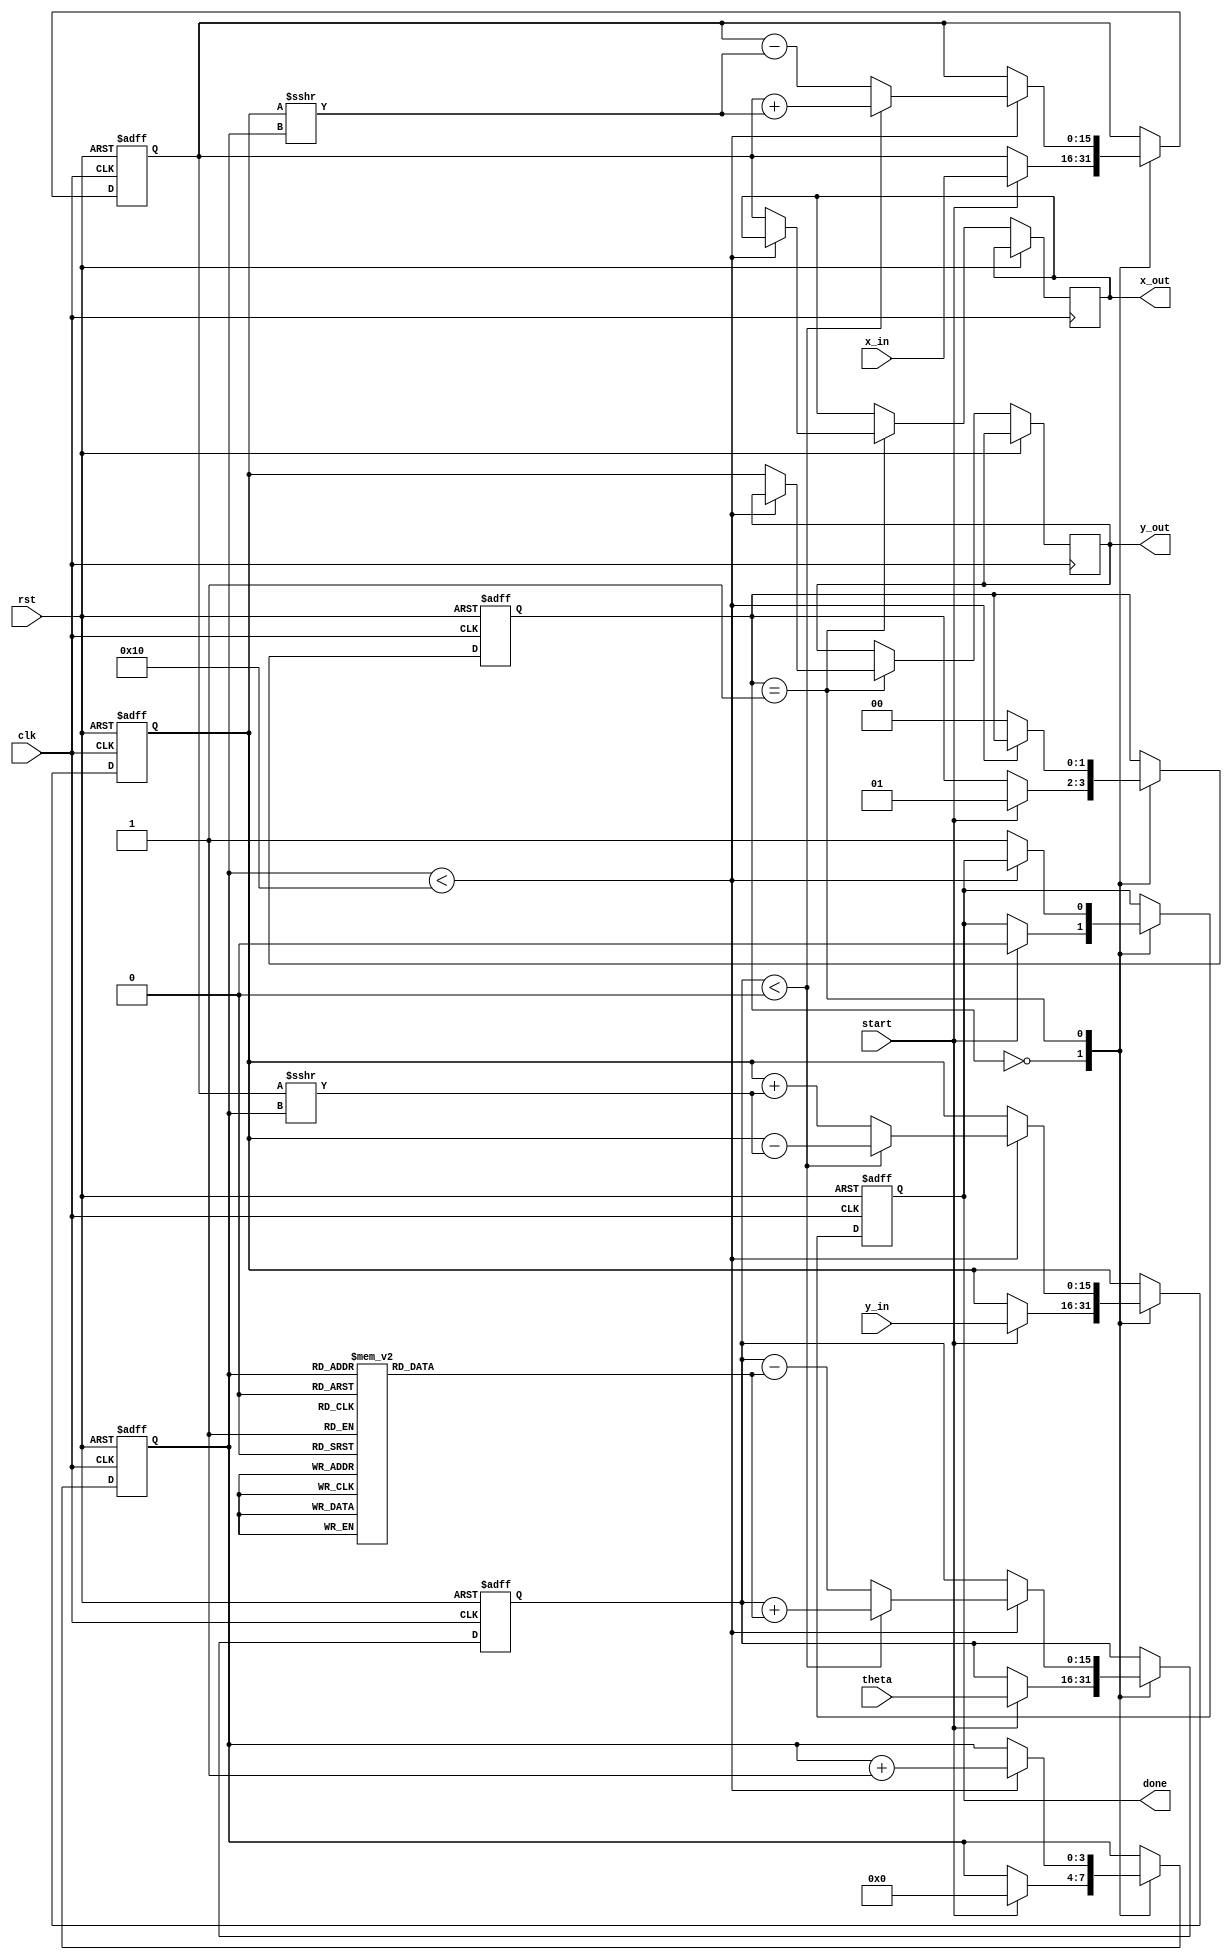
module cordic(
    input wire clk,
    input wire rst,
    input wire start,
    input wire [15:0] theta, // Input angle in fixed-point representation
    input wire [15:0] x_in,   // Input x coordinate
    input wire [15:0] y_in,   // Input y coordinate
    output reg [15:0] x_out,   // Output x coordinate
    output reg [15:0] y_out,   // Output y coordinate
    output reg done           // Completion signal
);

    parameter N = 16; // Number of iterations
    reg [15:0] atan_table [0:N-1]; // Lookup table for arctangent values
    reg [15:0] x, y, z; // Internal registers for x, y, angle
    reg [3:0] iter; // Iteration counter
    reg [1:0] state; // State machine for control logic

    // Initialize the arctangent lookup table
    initial begin
        // Pre-computed atan(2^(-i)) values (fixed-point representation)
        atan_table[0] = 16'h2000; // atan(1) = /4 in fixed-point
        atan_table[1] = 16'h1333; // atan(0.5) = /6 in fixed-point
        atan_table[2] = 16'h0A3D; // atan(0.25) = /12 in fixed-point
        // ... Fill in the rest of the table as needed
        // Example values for atan(2^(-i)) for i = 0 to N-1
    end

    // State machine for CORDIC operation
    always @(posedge clk or posedge rst) begin
        if (rst) begin
            x <= 0;
            y <= 0;
            z <= 0;
            iter <= 0;
            done <= 0;
            state <= 0;
        end else begin
            case (state)
                0: begin // Idle state
                    if (start) begin
                        x <= x_in;
                        y <= y_in;
                        z <= theta;
                        iter <= 0;
                        done <= 0;
                        state <= 1; // Move to computation state
                    end
                end
                1: begin // Computation state
                    if (iter < N) begin
                        if (z < 0) begin
                            // Rotate clockwise
                            x <= x + (y >>> iter);
                            y <= y - (x >>> iter);
                            z <= z + atan_table[iter];
                        end else begin
                            // Rotate counter-clockwise
                            x <= x - (y >>> iter);
                            y <= y + (x >>> iter);
                            z <= z - atan_table[iter];
                        end
                        iter <= iter + 1;
                    end else begin
                        // Finished all iterations
                        x_out <= x;
                        y_out <= y;
                        done <= 1;
                        state <= 0; // Go back to idle state
                    end
                end
            endcase
        end
    end

endmodule